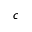
c